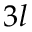
3 l